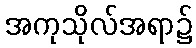
အကုသိုလ်အရာ၌